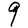
Character: q